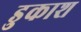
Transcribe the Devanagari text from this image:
डुकाश